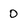
Character: 0